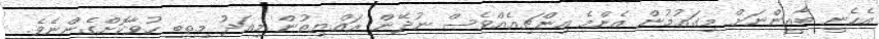
އެހެނީ ބާޣީންނަށް މިގައުމުން އެންމެ އިންޗިއެއްވެސް ނުދޭން ރައްޔިތުން މިއަދު މިތިބީ ހުވާކޮށްގެންނެވެ.